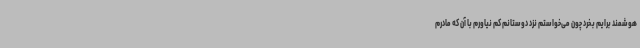
هوشمند برایم بخرد چون می‌خواستم نزد دوستانم کم نیاورم با آن که مادرم